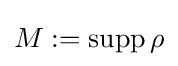
M:={\text{supp}}\,\rho